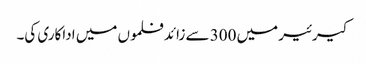
کیرئیر میں 300 سے زائد فلموں میں اداکاری کی۔